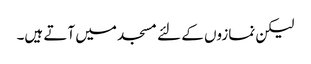
لیکن نمازوں کے لئے مسجد میں آتے ہیں۔